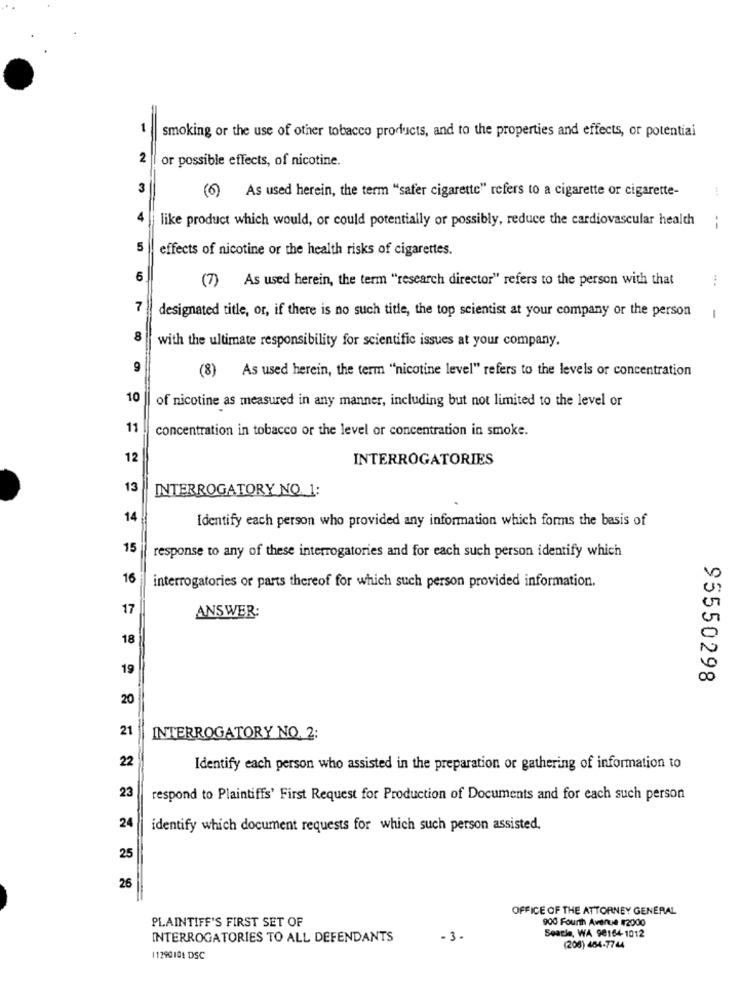
-
smoking or the use of other tobacco products, and to the properties and effects, or potential
2
or possible effects, of nicotine.
3
(6) As used herein, the term "safer cigarette" refers to a cigarette or cigarette-
4
like product which would, or could potentially or possibly, reduce the cardiovascular health
:
5
effects of nicotine or the health risks of cigarettes.
6
(7)
As used herein, the term "research director" refers to the person with that
....
7
designated title, or, if there is no such title, the top scientist at your company or the person
-
8
with the ultimate responsibility for scientific issues at your company.
9
(8) As used herein, the term "nicotine level" refers to the levels or concentration
10
of nicotine as measured in any manner, including but not limited to the level or
11
concentration in tobacco or the level or concentration in smoke.
12
INTERROGATORIES
13
INTERROGATORY NO. 1:
14
Identify each person who provided any information which forms the basis of
15
response to any of these interrogatories and for each such person identify which
16
interrogatories or parts thereof for which such person provided information.
17
ANSWER:
18
19
95550298
20
21
INTERROGATORY NO. 2:
22
Identify each person who assisted in the preparation or gathering of information to
23
respond to Plaintiffs' First Request for Production of Documents and for each such person
24
identify which document requests for which such person assisted.
25
26
OFFICE OF THE ATTORNEY GENERAL
PLAINTIFF'S FIRST SET OF
900 Fourth Avenue #2000
Seacie, WA 98164- 1012
INTERROGATORIES TO ALL DEFENDANTS
-3 .
(208) 484-7744
11290101 DSC